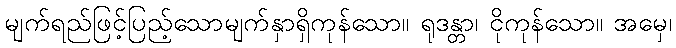
မျက်ရည်ဖြင့်ပြည့်သောမျက်နှာရှိကုန်သော။ ရုဒန္တာ၊ ငိုကုန်သော။ အမှေ၊